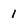
Character: 1